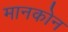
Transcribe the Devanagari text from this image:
मानकोन